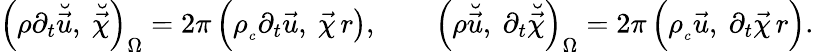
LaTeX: \Bigl(\rho\partial_{t}\breve{\vec{u}},~\breve{\vec{\chi}}\Bigr)_{\Omega}=2\pi\, \Bigl(\rho_{_c}\partial_{t}\vec{u},~\vec{\chi}\, r\bigr),\qquad\Bigl(\rho\breve{\vec{u}},~\partial_{t}\breve{\vec{\chi}}\Bigr)_{\Omega}=2\pi\, \Bigl(\rho_{_c}\vec{u},~\partial_{t}\vec{\chi}\, r\Bigr).